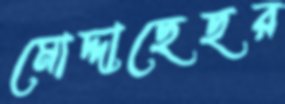
মোদ্দাছেছর